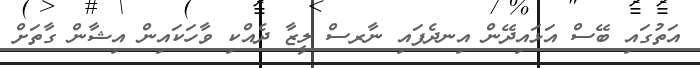
އަތުގައި ބޭސް އަޅައިދޭން އިނދެފައި ނާރސް ލީޒާ ދެއްކި ވާހަކައިން އިޝާން ގާތަށް